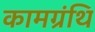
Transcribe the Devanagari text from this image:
कामग्रंथि